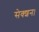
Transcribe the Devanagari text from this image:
सेक्शन।